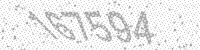
Solution: 167594